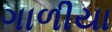
ગાળીયા